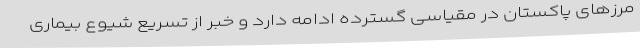
مرزهای پاکستان در مقیاسی گسترده ادامه دارد و خبر از تسریع شیوع بیماری